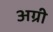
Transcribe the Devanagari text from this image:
अग्री